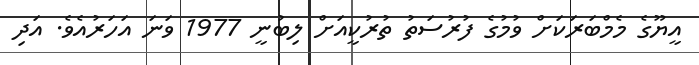
އީޔޫގެ މެމްބަރަކަށް ވުމުގެ ފުރުސަތު ތުރުކީއަށް ލިބުނީ 1977 ވަނަ އަހަރުއެވެ. އަދި